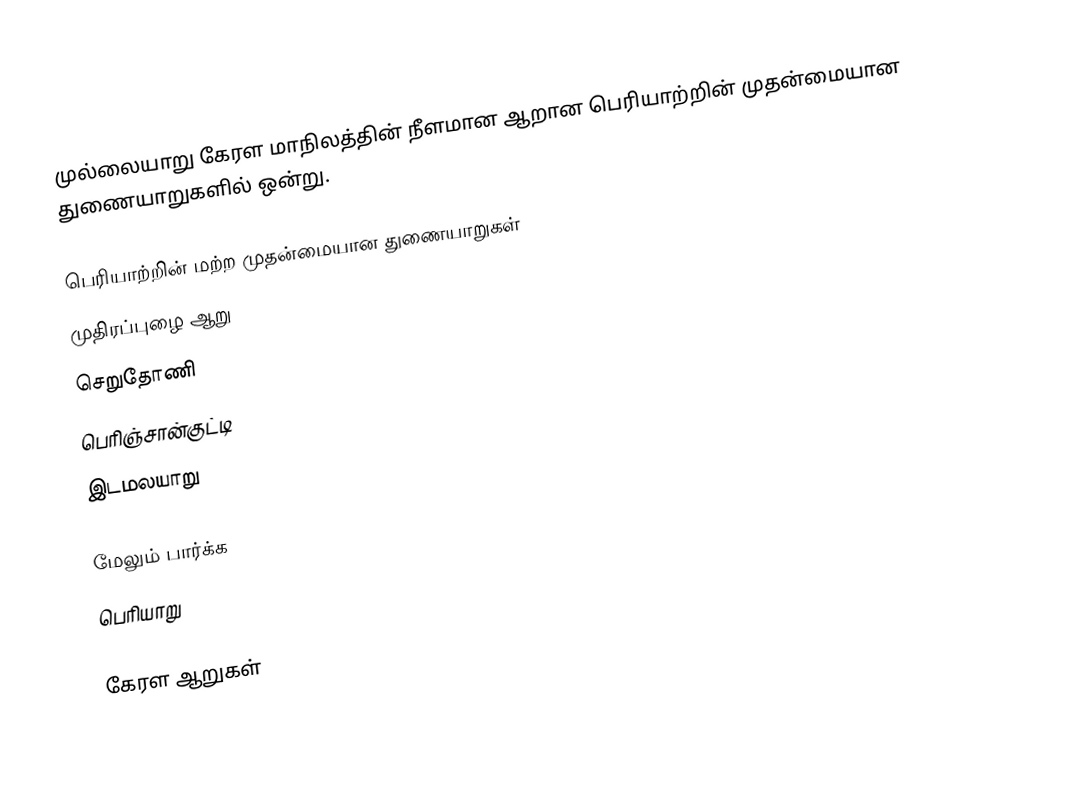
முல்லையாறு கேரள மாநிலத்தின் நீளமான ஆறான பெரியாற்றின் முதன்மையான துணையாறுகளில் ஒன்று.

பெரியாற்றின் மற்ற முதன்மையான துணையாறுகள்
 முதிரப்புழை ஆறு
 செறுதோணி
 பெரிஞ்சான்குட்டி
 இடமலயாறு

மேலும் பார்க்க
 பெரியாறு

கேரள ஆறுகள்